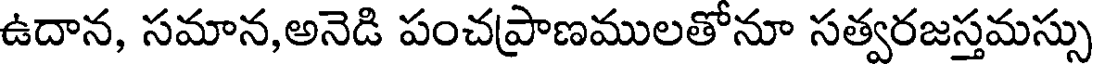
ఉదాన, సమాన,అనెడి పంచప్రాణములతోనూ సత్వరజస్తమస్సు